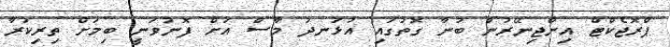
ޕްރޮޖެކްޓް އިންޖިނޭރުން ބުނާ ގޮތުގައި އުޅަނދު މާސް އަށް ފޮނުވަނީ ބިމަށް ތިރިކުރާ